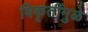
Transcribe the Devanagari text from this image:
विकृतींमुळे